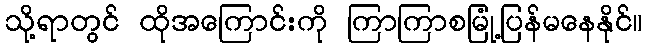
သို့ရာတွင် ထိုအကြောင်းကို ကြာကြာစမြုံ့ပြန်မနေနိုင်။